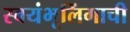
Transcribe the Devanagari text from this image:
स्वयंभूलिंगाची